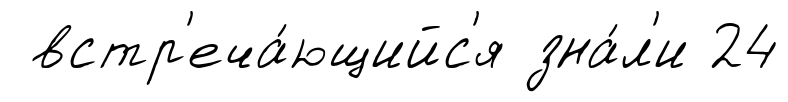
встр'еча́ющийс'я зна́л'и 24